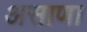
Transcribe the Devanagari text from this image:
असाणा